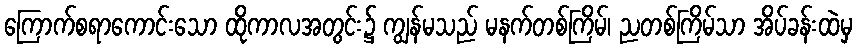
ကြောက်စရာကောင်းသော ထိုကာလအတွင်း၌ ကျွန်မသည် မနက်တစ်ကြိမ်၊ ညတစ်ကြိမ်သာ အိပ်ခန်းထဲမှ